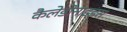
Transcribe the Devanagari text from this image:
कैलेडोनाइड्स